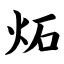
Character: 炻